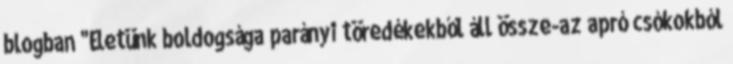
blogban "Életünk boldogsága parányi töredékekből áll össze-az apró csókokból